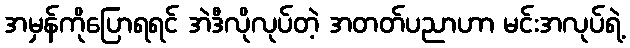
အမှန်ကိုပြောရရင် အဲဒီလိုလုပ်တဲ့ အတတ်ပညာဟာ မင်းအလုပ်ရဲ့